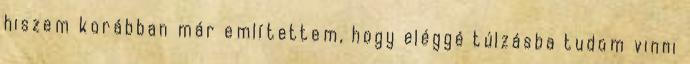
hiszem korábban már említettem, hogy eléggé túlzásba tudom vinni